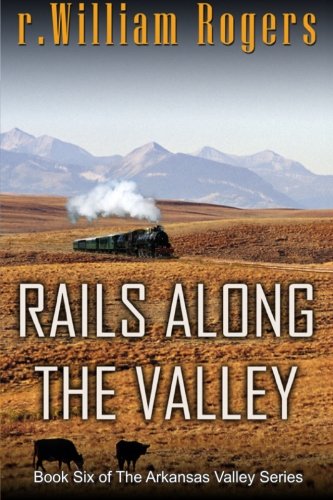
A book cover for Rails Along The Valley (Arkansas Valley) (Volume 6); r. William Rogers; Christian Books & Bibles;